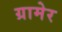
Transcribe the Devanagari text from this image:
ग्रामेर